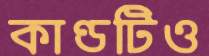
কাণ্ডটিও